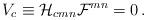
LaTeX: \begin{align*}V_c \equiv {\cal H}_{cmn} {\cal F}^{mn} =0 \, . \end{align*}